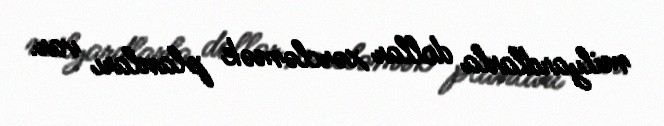
milyardlarla dollar xərcləmək planları var.